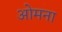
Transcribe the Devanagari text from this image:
ओमना